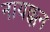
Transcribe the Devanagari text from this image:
नायक्कन